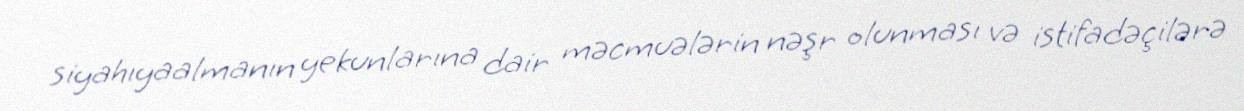
siyahıyaalmanın yekunlarına dair məcmuələrin nəşr olunması və istifadəçilərə